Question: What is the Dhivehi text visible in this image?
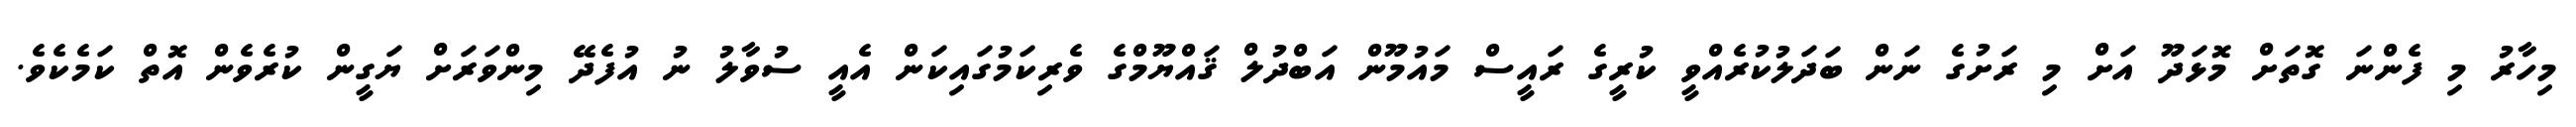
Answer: މިހާރު މި ފެންނަ ގޮތަށް މޮޅަދޫ އަށް މި ރަށުގެ ނަން ބަދަލުކުރެއްވީ ކުރީގެ ރައީސް މައުމޫން އަބްދުލް ޤައްޔޫމްގެ ވެރިކަމުގައިކަން އެއީ ސުވާލު ނު އުފެދޭ މިންވަރަށް ޔަގީން ކުރެވެން އޮތް ކަމެކެވެ.